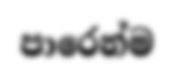
පාරෙන්ම